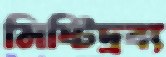
মিষ্টিদ্রব্য